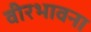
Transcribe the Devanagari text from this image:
वीरभावना